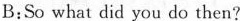
B:So what did you do then?